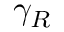
\gamma _ { R }